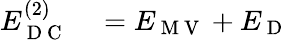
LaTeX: \begin{array}{rl}{E_{\mathrm{~D~C~}}^{(2)}}&{{}=E_{\mathrm{~M~V~}}+E_{\mathrm{~D~}}\; }\end{array}